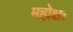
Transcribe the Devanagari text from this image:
महोक्षः